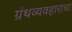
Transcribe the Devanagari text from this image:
ग्रंथव्यवहाराचा